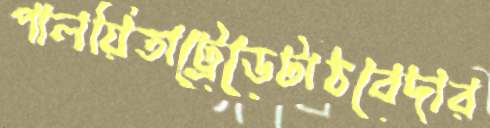
পালয়িতাট্রেডেটাঠবেদার